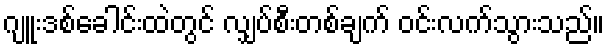
ဂျူးဒစ်ခေါင်းထဲတွင် လျှပ်စီးတစ်ချက် ဝင်းလက်သွားသည်။